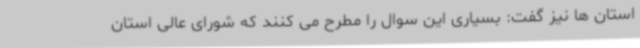
استان ها نیز گفت: بسیاری این سوال را مطرح می کنند که شورای عالی استان